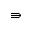
\Rrightarrow